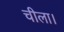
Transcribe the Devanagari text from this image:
चीला।